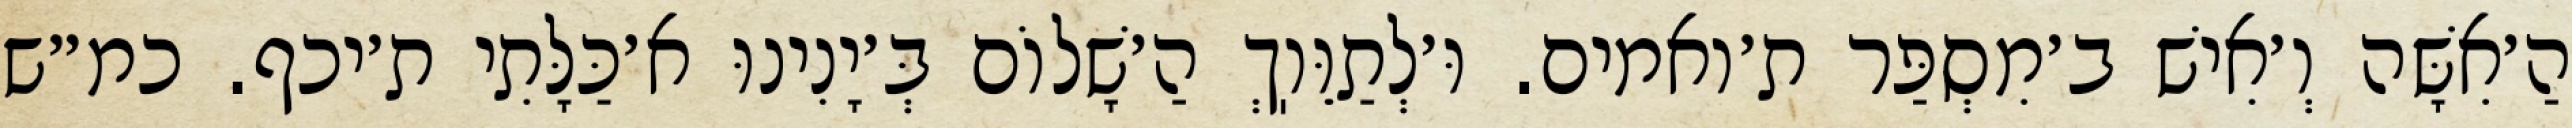
הַ׳אִשָּׁה וְ׳אִישׁ ב׳מִסְפַּר ת׳ואמים. וּ׳לְתַוֵּוֽךְ הַ׳שָׁלוֹם בְּ׳יָנִינוּ א׳כַּלָּתִי ת׳יכף. כמ״ש